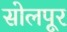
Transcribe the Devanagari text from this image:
सोलपूर